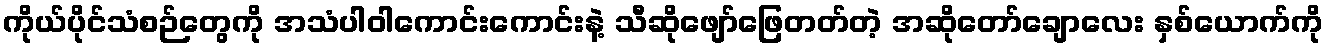
ကိုယ်ပိုင်သံစဉ်တွေကို အသံပါဝါကောင်းကောင်းနဲ့ သီဆိုဖျော်ဖြေတတ်တဲ့ အဆိုတော်ချောလေး နှစ်ယောက်ကို